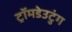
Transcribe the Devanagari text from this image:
ट्रॉमडेउटुंग